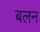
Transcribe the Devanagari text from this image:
बलन